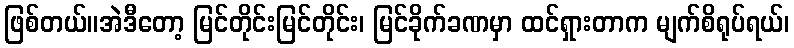
ဖြစ်တယ်။အဲဒီတော့ မြင်တိုင်းမြင်တိုင်း၊ မြင်ခိုက်ခဏမှာ ထင်ရှားတာက မျက်စိရုပ်ရယ်၊